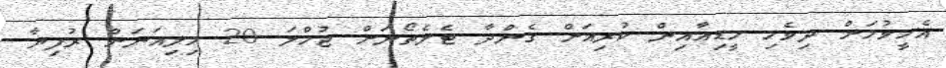
އެހީވުމަށް ދިވެހި މީޑިއާއިން ކުރިއަށް ގެންދާ ޓެލެތޯނަށް ޖުމްލަ 20 މިލިއަނަށް ރުފިޔާ